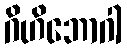
ဂိဟိဘောဂါ